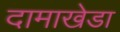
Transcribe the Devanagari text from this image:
दामाखेडा